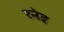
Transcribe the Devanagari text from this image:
रनेह